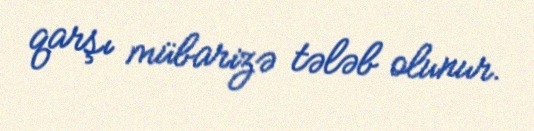
qarşı mübarizə tələb olunur.